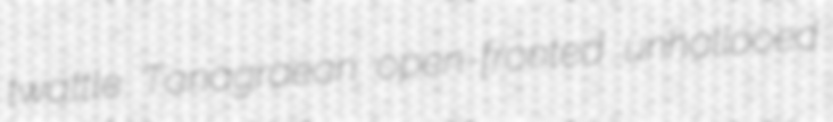
twattle Tanagraean open-fronted unhallooed